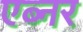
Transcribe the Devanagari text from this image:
एब्नर